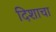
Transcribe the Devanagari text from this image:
दिशाचा